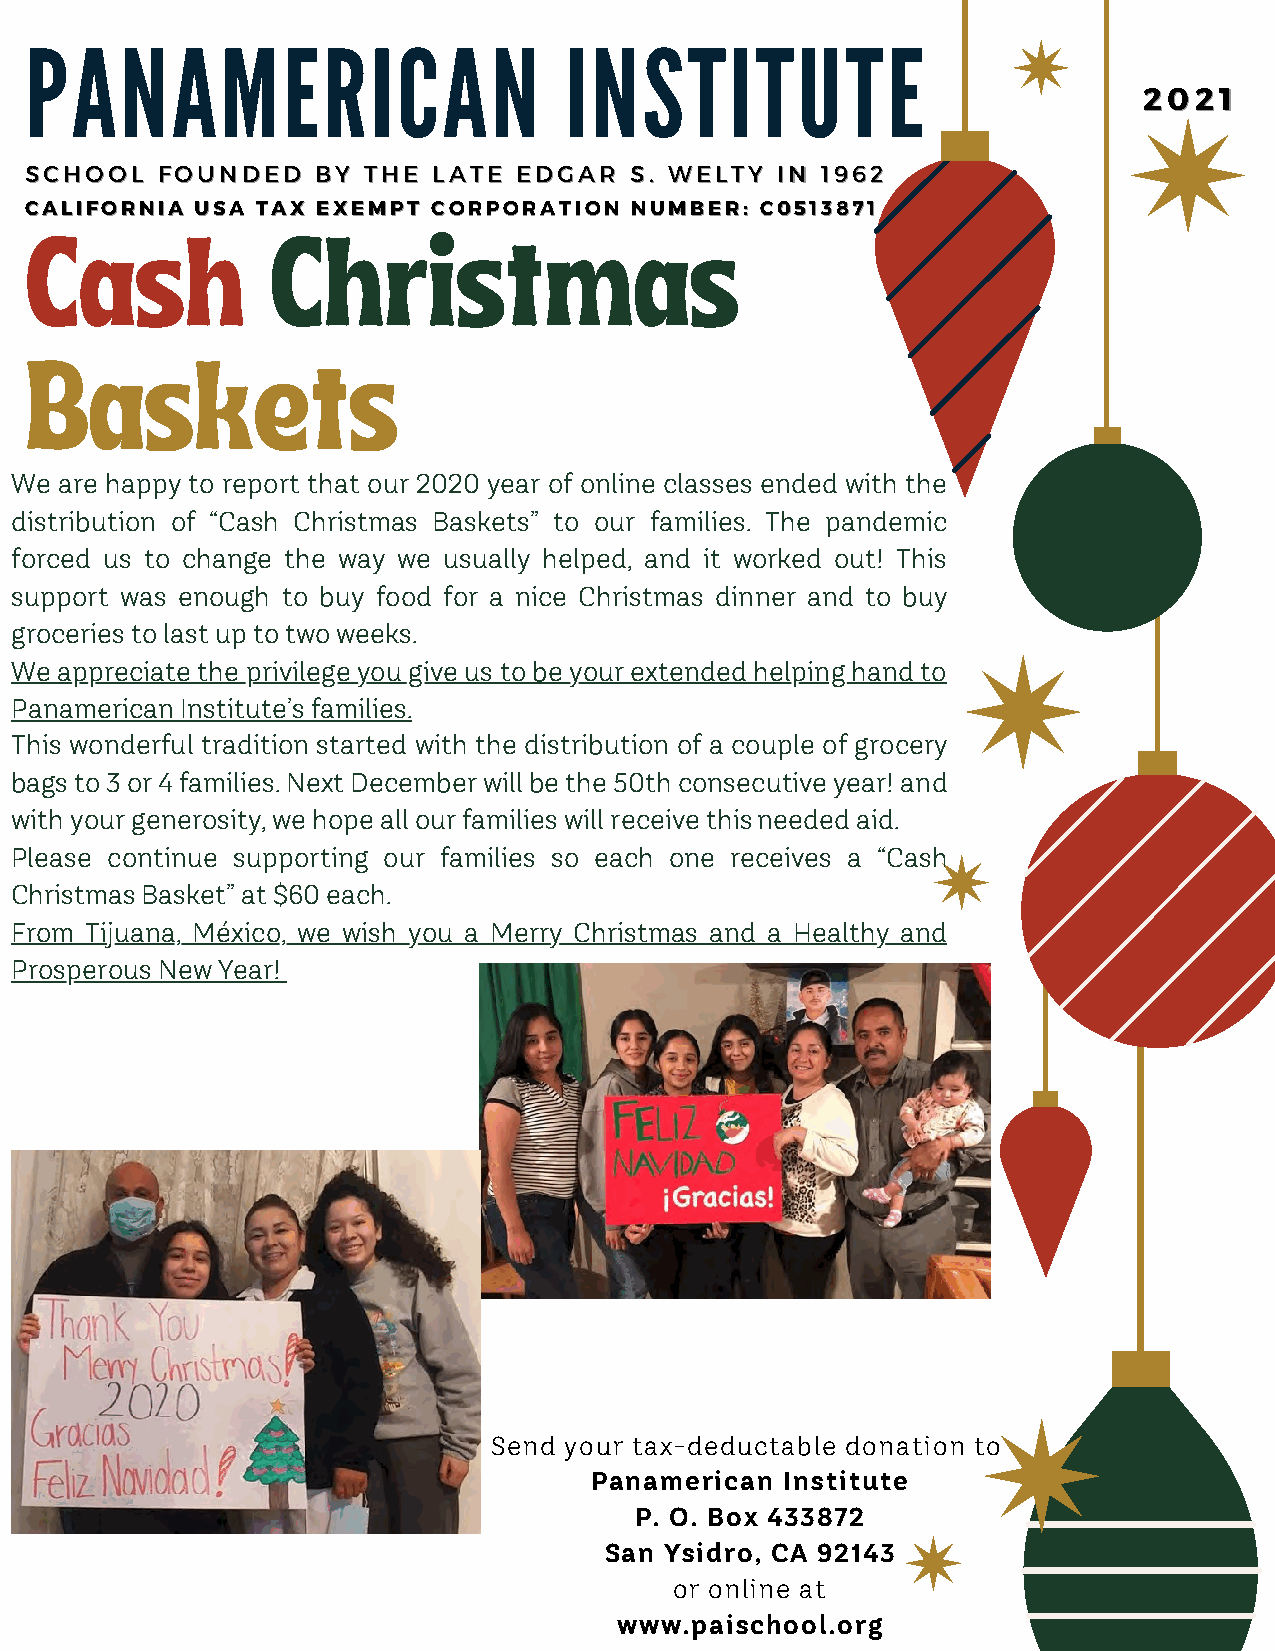
PPAANNAAMMEERRIICCAANN             IINNSSTTIITTUUTTEE
 22002211
 SSCCHHOOOOLL FFOOUUNNDDEEDD BBYY TTHHEE LLAATTEE EEDDGGAARR SS.. WWEELLTTYY IINN 11996622
 CCCAALLIIaFFOORRsNNIIAAh UUSSAA TTCAAXX EEhXXEEMMrPPTT iCCOOsRRPPOOtRRAAmTTIIOONN NNaUUMMsBBEERR:: CC00551133887711
 Baskets
 We are happy to report that our 2020 year of online classes ended with the
 distribution of “Cash Christmas Baskets” to our families. The pandemic
 forced us to change the way we usually helped, and it worked out! This
 support was enough to buy food for a nice Christmas dinner and to buy
 groceries to last up to two weeks.
 We appreciate the privilege you give us to be your extended helping hand to
 Panamerican Institute’s families.
 This wonderful tradition started with the distribution of a couple of grocery
 bags to 3 or 4 families. Next December will be the 50th consecutive year! and
 with your generosity, we hope all our families will receive this needed aid.
 Please continue supporting our families so each one receives a “Cash
 Christmas Basket” at $60 each.
 From Tijuana, México, we wish you a Merry Christmas and a Healthy and
 Prosperous New Year!
 Send your tax-deductable donation to
 Panamerican  Institute
 P. O. Box 433872
 San Ysidro, CA 92143
 or online at
 www.paischool.org